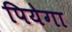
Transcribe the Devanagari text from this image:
पियेगा